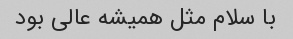
با سلام مثل همیشه عالی بود